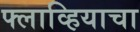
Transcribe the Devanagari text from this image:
फ्लाव्हियाचा